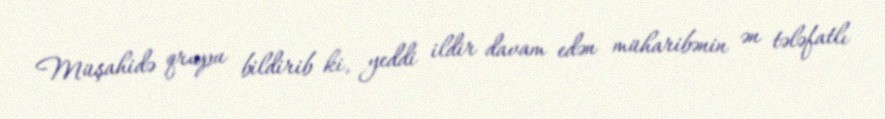
Müşahidə qrupu bildirib ki, yeddi ildir davam edən müharibənin ən tələfatlı